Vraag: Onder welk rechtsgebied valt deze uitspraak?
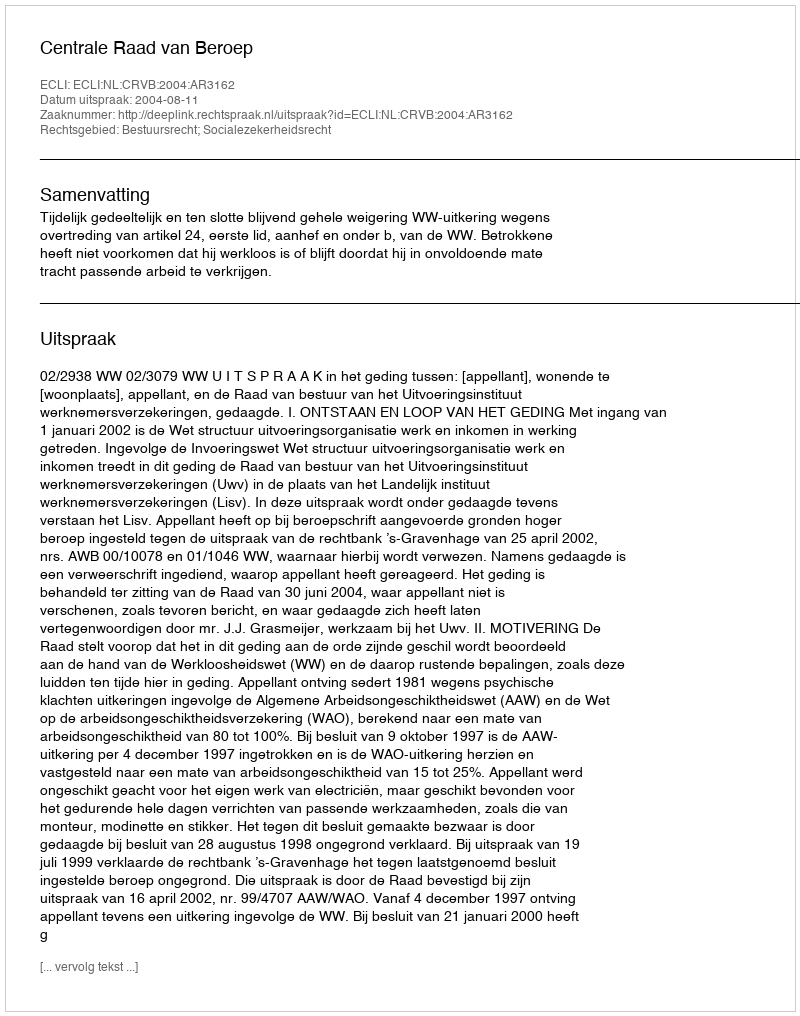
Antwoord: Bestuursrecht; Socialezekerheidsrecht